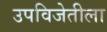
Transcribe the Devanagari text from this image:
उपविजेतीला